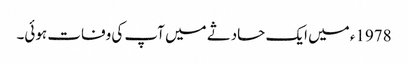
1978ء میں ایک حادثے میں آپ کی وفات ہوئی۔